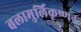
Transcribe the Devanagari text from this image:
बलामुर्लिकृष्णन